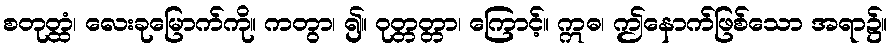
စတုတ္ထံ၊ လေးခုမြောက်ကို။ ကတွာ၊ ၍။ ဝုတ္တတ္တာ၊ ကြောင့်။ ဣဓ၊ ဤနောက်ဖြစ်သော အရာ၌။